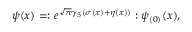
\psi ( x ) = : e ^ { \sqrt \pi \gamma _ { 5 } ( \sigma ( x ) + \eta ( x ) ) } : \psi _ { ( 0 ) } ( x ) ,